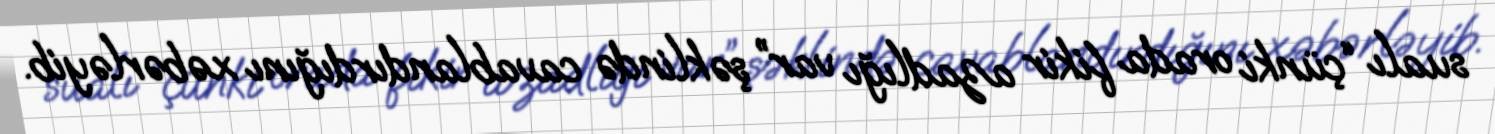
sualı “çünki orada fikir azadlığı var” şəklində cavablandırdığını xəbərləyib.